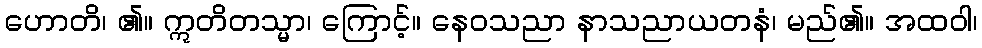
ဟောတိ၊ ၏။ ဣတိတသ္မာ၊ ကြောင့်။ နေဝသညာ နာသညာယတနံ၊ မည်၏။ အထဝါ၊